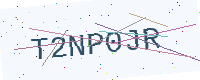
Text: T2NP0JR